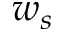
w _ { s }